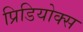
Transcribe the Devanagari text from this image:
प्रिडियोक्स